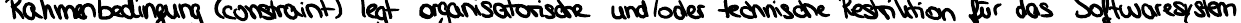
Rahmenbedingung (constraint) legt organisatorische und/oder technische Restriktionen für das Softwaresystem